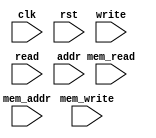
module ip_top_sva_2_align_ecc_2rw
  #(
parameter     NUMADDR = 1024,
parameter     BITADDR = 10,
parameter     NUMSROW = 256,
parameter     BITSROW = 8)
(
  input clk,
  input rst,
  input [2-1:0] write,
  input [2-1:0] read,
  input [2*BITADDR-1:0] addr,
  input [2-1:0] mem_write,
  input [2-1:0] mem_read,
  input [2*BITSROW-1:0] mem_addr
);
`ifdef FORMAL
//synopsys translate_off

genvar rw_var;
generate for (rw_var=0; rw_var<2; rw_var=rw_var+1) begin: rw_loop
  wire write_wire = write >> rw_var;
  wire read_wire = read >> rw_var;
  wire [BITADDR-1:0] addr_wire = addr >> (rw_var*BITADDR);

  assert_rw_check: assume property (@(posedge clk) disable iff (rst) !(write_wire && read_wire));
//  assert_rw_range_check: assume property (@(posedge clk) disable iff (rst) (write_wire || read_wire) |-> (addr_wire < NUMADDR));
end
endgenerate

genvar mem_var;
generate for (mem_var=0; mem_var<2; mem_var=mem_var+1) begin: mem_loop
  wire mem_write_wire = mem_write >> mem_var;
  wire mem_read_wire = mem_read >> mem_var;
  wire [BITSROW-1:0] mem_addr_wire = mem_addr >> (mem_var*BITSROW);

  assert_mem_rw_check: assume property (@(posedge clk) disable iff (rst) !(mem_write_wire && mem_read_wire));
//  assert_mem_rw_range_check: assume property (@(posedge clk) disable iff (rst) (mem_write_wire || mem_read_wire) |-> (mem_addr_wire < NUMSROW));
end
endgenerate

generate if (1) begin: psdo_loop
  wire mem_read_0_wire = mem_read >> 0;
  wire mem_write_0_wire = mem_write >> 0;
  wire [BITSROW-1:0] mem_addr_0_wire = mem_addr >> (0*BITSROW);

  wire mem_read_1_wire = mem_read >> 1;
  wire mem_write_1_wire = mem_write >> 1;
  wire [BITSROW-1:0] mem_addr_1_wire = mem_addr >> (1*BITSROW);

  assert_mem_rw0_pseudo_check: assert property (@(posedge clk) disable iff (rst) mem_write_0_wire |->
                                                !((mem_read_1_wire || mem_write_1_wire) && (mem_addr_0_wire == mem_addr_1_wire)));
  assert_mem_rw1_pseudo_check: assert property (@(posedge clk) disable iff (rst) mem_write_1_wire |->
                                                !((mem_read_0_wire || mem_write_0_wire) && (mem_addr_0_wire == mem_addr_1_wire)));
end
endgenerate
//synopsys translate_on
`endif
endmodule


module ip_top_sva_align_ecc_2rw
  #(
parameter     WIDTH   = 32,
parameter     ENAPAR  = 0,
parameter     ENAECC  = 0,
parameter     ECCWDTH = 7,
parameter     NUMADDR = 1024,
parameter     BITADDR = 10,
parameter     NUMWRDS = 4,
parameter     BITWRDS = 2,
parameter     NUMSROW = 256,
parameter     BITSROW = 8,
parameter     SRAM_DELAY = 2,
parameter     FLOPGEN = 0,
parameter     FLOPMEM = 0,
parameter     FLOPOUT = 0,
parameter     RSTZERO = 0,
parameter     MEMWDTH = ENAPAR ? WIDTH+1 : ENAECC ? WIDTH+ECCWDTH : WIDTH
   )
(
  input clk,
  input rst,
  input [2-1:0] write,
  input [2-1:0] read,
  input [2*BITADDR-1:0] addr,
  input [2*WIDTH-1:0] din,
  input [2*WIDTH-1:0] rd_dout,
  input [2-1:0] rd_fwrd,
  input [2-1:0] rd_serr,
  input [2-1:0] rd_derr,
  input [2*(BITWRDS+BITSROW)-1:0] rd_padr,
  input [2-1:0] mem_write,
  input [2-1:0] mem_read,
  input [2*BITSROW-1:0] mem_addr,
  input [2*NUMWRDS*MEMWDTH-1:0] mem_bw,
  input [2*NUMWRDS*MEMWDTH-1:0] mem_din,
  input [2*NUMWRDS*MEMWDTH-1:0] mem_dout,
  input [BITADDR-1:0] select_addr
);
`ifdef FORMAL
//synopsys translate_off
wire [BITWRDS-1:0] select_word;
wire [BITSROW-1:0] select_srow;
generate if (BITWRDS>0) begin: np2_loop
  np2_addr #(
    .NUMADDR (NUMADDR), .BITADDR (BITADDR),
    .NUMVBNK (NUMWRDS), .BITVBNK (BITWRDS),
    .NUMVROW (NUMSROW), .BITVROW (BITSROW))
    sel_adr (.vbadr(select_word), .vradr(select_srow), .vaddr(select_addr));
  end else begin: no_np2_loop
    assign select_word = 0;
    assign select_srow = select_addr;
  end
endgenerate


reg write_wire [0:2-1];
reg read_wire [0:2-1];
reg [BITADDR-1:0] addr_wire [0:2-1];
reg [WIDTH-1:0] din_wire [0:2-1];
reg [WIDTH-1:0] rd_dout_wire [0:2-1];
reg rd_fwrd_wire [0:2-1];
reg rd_serr_wire [0:2-1];
reg rd_derr_wire [0:2-1];
reg [BITWRDS+BITSROW-1:0] rd_padr_wire [0:2-1];
integer prt_int;
always_comb
  for (prt_int=0; prt_int<2; prt_int=prt_int+1) begin
    write_wire[prt_int] = write >> prt_int;
    read_wire[prt_int] = read >> prt_int;
    addr_wire[prt_int] = addr >> (prt_int*BITADDR);
    din_wire[prt_int] = din >> (prt_int*WIDTH);
    rd_dout_wire[prt_int] = rd_dout >> (prt_int*WIDTH);
    rd_fwrd_wire[prt_int] = rd_fwrd >> prt_int;
    rd_serr_wire[prt_int] = rd_serr >> prt_int;
    rd_derr_wire[prt_int] = rd_derr >> prt_int;
    rd_padr_wire[prt_int] = rd_padr >> (prt_int*(BITWRDS+BITSROW));
  end

reg mem_write_wire [0:2-1];
reg mem_read_wire [0:2-1];
reg [BITSROW-1:0] mem_addr_wire [0:2-1];
reg [MEMWDTH-1:0] mem_bw_wire [0:2-1];
reg [MEMWDTH-1:0] mem_din_wire [0:2-1];
reg [MEMWDTH-1:0] mem_dout_wire [0:2-1];
integer memw_int;
always_comb
  for (memw_int=0; memw_int<2; memw_int=memw_int+1) begin
    mem_write_wire[memw_int] = mem_write >> memw_int;
    mem_read_wire[memw_int] = mem_read >> memw_int;
    mem_addr_wire[memw_int] = mem_addr >> (memw_int*BITSROW);
    mem_bw_wire[memw_int] = mem_bw >> ((memw_int*NUMWRDS+select_word)*MEMWDTH);
    mem_din_wire[memw_int] = mem_din >> ((memw_int*NUMWRDS+select_word)*MEMWDTH);
    mem_dout_wire[memw_int] = mem_dout >> ((memw_int*NUMWRDS+select_word)*MEMWDTH);
  end
   
reg meminv;
reg [MEMWDTH-1:0] mem;
reg meminv_next;
reg [MEMWDTH-1:0] mem_next;
integer mem_int;
always_comb begin
  meminv_next = meminv;
  mem_next = mem;
  if (rst) begin
    meminv_next = 1'b1;
    mem_next = RSTZERO ? 0 : 'hx;
  end else for (mem_int=0; mem_int<2; mem_int=mem_int+1)
    if (mem_write_wire[mem_int] && (mem_addr_wire[mem_int] == select_srow)) begin
      meminv_next = meminv_next && !(|mem_bw_wire[mem_int]);
      mem_next = (mem_din_wire[mem_int] & mem_bw_wire[mem_int]) | (mem_next & ~mem_bw_wire[mem_int]);
    end
end

always @(posedge clk) begin
  meminv <= meminv_next;
  mem <= mem_next;
end
/*
reg [MEMWDTH-1:0] mem;
always @(posedge clk)
  if (rst) begin
    meminv <= 1'b1;
    mem <= RSTZERO ? 0 : 'hx;
  end else if (mem_write_wire[1] && (mem_addr_wire[1] == select_srow)) begin
    meminv <= 1'b0;
    mem <= (mem_bw_wire[1] & mem_din_wire[1]) | (~mem_bw_wire[1] & mem);
  end else if (mem_write_wire[0] && (mem_addr_wire[0] == select_srow)) begin
    meminv <= 1'b0;
    mem <= (mem_bw_wire[0] & mem_din_wire[0]) | (~mem_bw_wire[0] & mem);
  end
*/
wire mem_serr [0:2-1];
wire mem_derr [0:2-1];
wire mem_nerr [0:2-1];
wire [MEMWDTH-1:0] dout_mask [0:2-1];
genvar err_var;
generate for (err_var=0; err_var<2; err_var=err_var+1) begin: err_loop
  assign mem_serr[err_var] = 0;
  assign mem_derr[err_var] = 0;
  assign mem_nerr[err_var] = !mem_serr[err_var] && !mem_derr[err_var];

  wire dout_bit1_err = 0;
  wire dout_bit2_err = 0;
  wire [15:0] dout_bit1_pos = 0;
  wire [15:0] dout_bit2_pos = 0;
  wire [MEMWDTH-1:0] dout_bit1_mask = (ENAPAR || ENAECC) ? dout_bit1_err << dout_bit1_pos : 0;
  wire [MEMWDTH-1:0] dout_bit2_mask = ENAECC ? dout_bit2_err << dout_bit2_pos : 0;
  assign dout_mask[err_var] = dout_bit1_mask ^ dout_bit2_mask;
  wire dout_serr = |dout_mask[err_var] && (|dout_bit1_mask ^ |dout_bit2_mask);
  wire dout_derr = |dout_mask[err_var] && |dout_bit1_mask && |dout_bit2_mask;

  assume_mem_nerr_check: assert property (@(posedge clk) disable iff (rst) mem_nerr[err_var] |-> ##(SRAM_DELAY+FLOPMEM) !dout_serr && !dout_derr);
  assume_mem_serr_check: assert property (@(posedge clk) disable iff (rst) mem_serr[err_var] |-> ##(SRAM_DELAY+FLOPMEM) dout_serr);
  assume_mem_derr_check: assert property (@(posedge clk) disable iff (rst) mem_derr[err_var] |-> ##(SRAM_DELAY+FLOPMEM) dout_derr);

end
endgenerate

genvar mem_chk;
generate for (mem_chk=0; mem_chk<2; mem_chk=mem_chk+1) begin: mem_chk_loop
  assert_mem_check: assert property (@(posedge clk) disable iff (rst) (mem_read_wire[mem_chk] && (mem_addr_wire[mem_chk] == select_srow)) |-> ##SRAM_DELAY
                                     ($past(!RSTZERO && meminv,SRAM_DELAY) ||
                                      (mem_dout_wire[mem_chk] == ($past(mem,SRAM_DELAY) ^ dout_mask[mem_chk]))));
end
endgenerate

wire [ECCWDTH-1:0] din_ecc;
generate if (ENAECC) begin: decc_loop
  ecc_calc #(.ECCDWIDTH(WIDTH), .ECCWIDTH(ECCWDTH))
    ecc_calc_inst (.din(mem[WIDTH-1:0]), .eccout(din_ecc));
end
endgenerate

assert_mem_chk_check: assert property (@(posedge clk) disable iff (rst) (meminv || (ENAPAR ? !(^mem) :
                                                                                    ENAECC ? ({din_ecc,mem[WIDTH-1:0]}==mem) : 1'b1)));

reg fakememinv;
reg [WIDTH-1:0] fakemem;
always @(posedge clk)
  if (rst) begin 
    fakememinv <= 1'b1;
    fakemem <= RSTZERO ? 0 : 'hx;
  end else if (write_wire[1] && (addr_wire[1] == select_addr)) begin
    fakememinv <= 1'b0;
    fakemem <= din_wire[1];
  end else if (write_wire[0] && (addr_wire[0] == select_addr)) begin
    fakememinv <= 1'b0;
    fakemem <= din_wire[0];
  end

genvar dout_var;
generate for (dout_var=0; dout_var<2; dout_var=dout_var+1) begin: dout_loop
  assert_dout_nerr_check: assert property (@(posedge clk) disable iff (rst) (read_wire[dout_var] && (addr_wire[dout_var] == select_addr) && mem_nerr[dout_var]) |-> ##(SRAM_DELAY+FLOPMEM+FLOPOUT)
                                           ($past(fakememinv,SRAM_DELAY+FLOPMEM+FLOPOUT) ||
                                            (($past(meminv,SRAM_DELAY+FLOPMEM+FLOPOUT) || (!rd_serr_wire[dout_var] && !rd_derr_wire[dout_var])) &&
                                             (rd_dout_wire[dout_var] == $past(fakemem[WIDTH-1:0],SRAM_DELAY+FLOPMEM+FLOPOUT)))));
  assert_dout_serr_check: assert property (@(posedge clk) disable iff (rst) (read_wire[dout_var] && (addr_wire[dout_var] == select_addr) && mem_serr[dout_var]) |-> ##(SRAM_DELAY+FLOPMEM+FLOPOUT)
                                           ($past(fakememinv,SRAM_DELAY+FLOPMEM+FLOPOUT) ||
                                            ($past(meminv,SRAM_DELAY+FLOPMEM+FLOPOUT) ?
                                             (rd_dout_wire[dout_var] == $past(fakemem[WIDTH-1:0],SRAM_DELAY+FLOPMEM+FLOPOUT)) :
                                             (ENAPAR ? rd_serr_wire[dout_var] && !rd_derr_wire[dout_var] && (!rd_fwrd_wire[dout_var] || (rd_dout_wire[dout_var] == $past(fakemem[WIDTH-1:0],SRAM_DELAY+FLOPMEM+FLOPOUT))) :
                                              ENAECC ? rd_serr_wire[dout_var] && !rd_derr_wire[dout_var] && (rd_dout_wire[dout_var] == $past(fakemem[WIDTH-1:0],SRAM_DELAY+FLOPMEM+FLOPOUT)) :
                                                       !rd_serr_wire[dout_var] && !rd_derr_wire[dout_var] && (!rd_fwrd_wire[dout_var] || (rd_dout_wire[dout_var] == $past(fakemem[WIDTH-1:0],SRAM_DELAY+FLOPMEM+FLOPOUT)))))));
  assert_dout_derr_check: assert property (@(posedge clk) disable iff (rst) (read_wire[dout_var] && (addr_wire[dout_var] == select_addr) && mem_derr[dout_var]) |-> ##(SRAM_DELAY+FLOPMEM+FLOPOUT)
                                           ($past(fakememinv,SRAM_DELAY+FLOPMEM+FLOPOUT) ||
                                            ($past(meminv,SRAM_DELAY+FLOPMEM+FLOPOUT) ?
                                             (rd_dout_wire[dout_var] == $past(fakemem[WIDTH-1:0],SRAM_DELAY+FLOPMEM+FLOPOUT)) :
                                              (ENAPAR ? !rd_serr_wire[dout_var] && rd_derr_wire[dout_var] && (!rd_fwrd_wire[dout_var] || (rd_dout_wire[dout_var] == $past(fakemem[WIDTH-1:0],SRAM_DELAY+FLOPMEM+FLOPOUT))) :
                                               ENAECC ? !rd_serr_wire[dout_var] && rd_derr_wire[dout_var] && (!rd_fwrd_wire[dout_var] || (rd_dout_wire[dout_var] == $past(fakemem[WIDTH-1:0],SRAM_DELAY+FLOPMEM+FLOPOUT))) :
                                                        !rd_serr_wire[dout_var] && !rd_derr_wire[dout_var] && (!rd_fwrd_wire[dout_var] || (rd_dout_wire[dout_var] == $past(fakemem[WIDTH-1:0],SRAM_DELAY+FLOPMEM+FLOPOUT)))))));
  assert_fwrd_check: assert property (@(posedge clk) disable iff (rst) (read_wire[dout_var] && (addr_wire[dout_var]==select_addr)) |-> ##(SRAM_DELAY+FLOPMEM+FLOPOUT)
                                      ($past(fakememinv,SRAM_DELAY+FLOPMEM+FLOPOUT) ||
                                       $past(fakemem==mem[WIDTH-1:0],SRAM_DELAY+FLOPMEM+FLOPOUT) || rd_fwrd_wire[dout_var]));
  assert_padr_check: assert property (@(posedge clk) disable iff (rst) (read_wire[dout_var] && (addr_wire[dout_var]==select_addr)) |-> ##(SRAM_DELAY+FLOPMEM+FLOPOUT)
				      (rd_padr_wire[dout_var] == {select_word,select_srow}));
end
endgenerate
//synopsys translate_on
`endif
endmodule